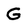
Character: G